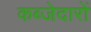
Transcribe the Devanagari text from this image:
कब्जेदारों